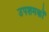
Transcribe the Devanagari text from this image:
उपशमकों